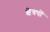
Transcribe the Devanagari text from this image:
क्षेत्रपों